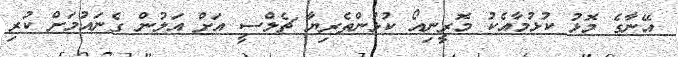
އޭނާގެ މޮޅު ކުޅުމާއެކު މޮރީނިއޯ ކުޅުންތެރިޔާ ޗެލްސީ އަށް އަލުން ގެނައުމަށް ކުރި